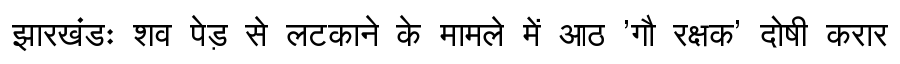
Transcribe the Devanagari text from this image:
झारखंडः शव पेड़ से लटकाने के मामले में आठ 'गौ रक्षक' दोषी करार